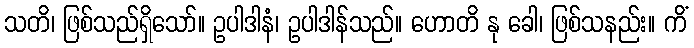
သတိ၊ ဖြစ်သည်ရှိသော်။ ဥပါဒါနံ၊ ဥပါဒါန်သည်။ ဟောတိ နု ခေါ၊ ဖြစ်သနည်း။ ကိံ